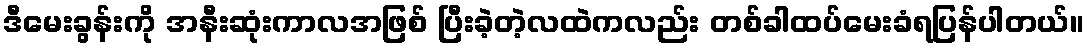
ဒီမေးခွန်းကို အနီးဆုံးကာလအဖြစ် ပြီးခဲ့တဲ့လထဲကလည်း တစ်ခါထပ်မေးခံရပြန်ပါတယ်။